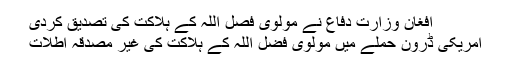
افغان وزارت دفاع نے مولوی فصل اللہ کے ہلاکت کی تصدیق کردی
امریکی ڈرون حملے میں مولوی فضل اللہ کے ہلاکت کی غیر مصدقہ اطلات